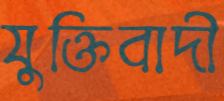
যুক্তিবাদী